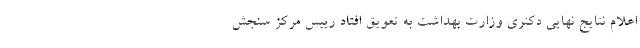
اعلام نتایج نهایی دکتری وزارت بهداشت به تعویق افتاد رییس مرکز سنجش